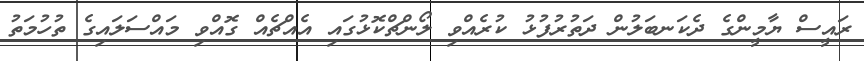
ރައީސް ޔާމީންގެ ދެކަނބަލުން ދަތުރުފުޅު ކުރެއްވި ލޯންޗްކޮޅުގައި އެއްޗެއް ގޮއްވި މައްސަލައިގެ ތުހުމަތު